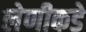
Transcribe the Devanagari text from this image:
लेणीकडे